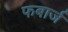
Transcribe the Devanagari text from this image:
फबार्ज